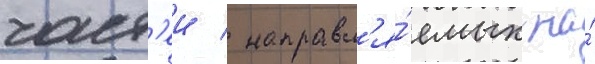
част'еи / направл'я́емых на́